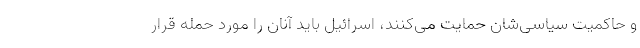
و حاکمیت سیاسی‌شان حمایت می‌کنند، اسرائیل باید آنان را مورد حمله قرار